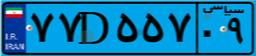
۳۱D۸۲۴۰۸